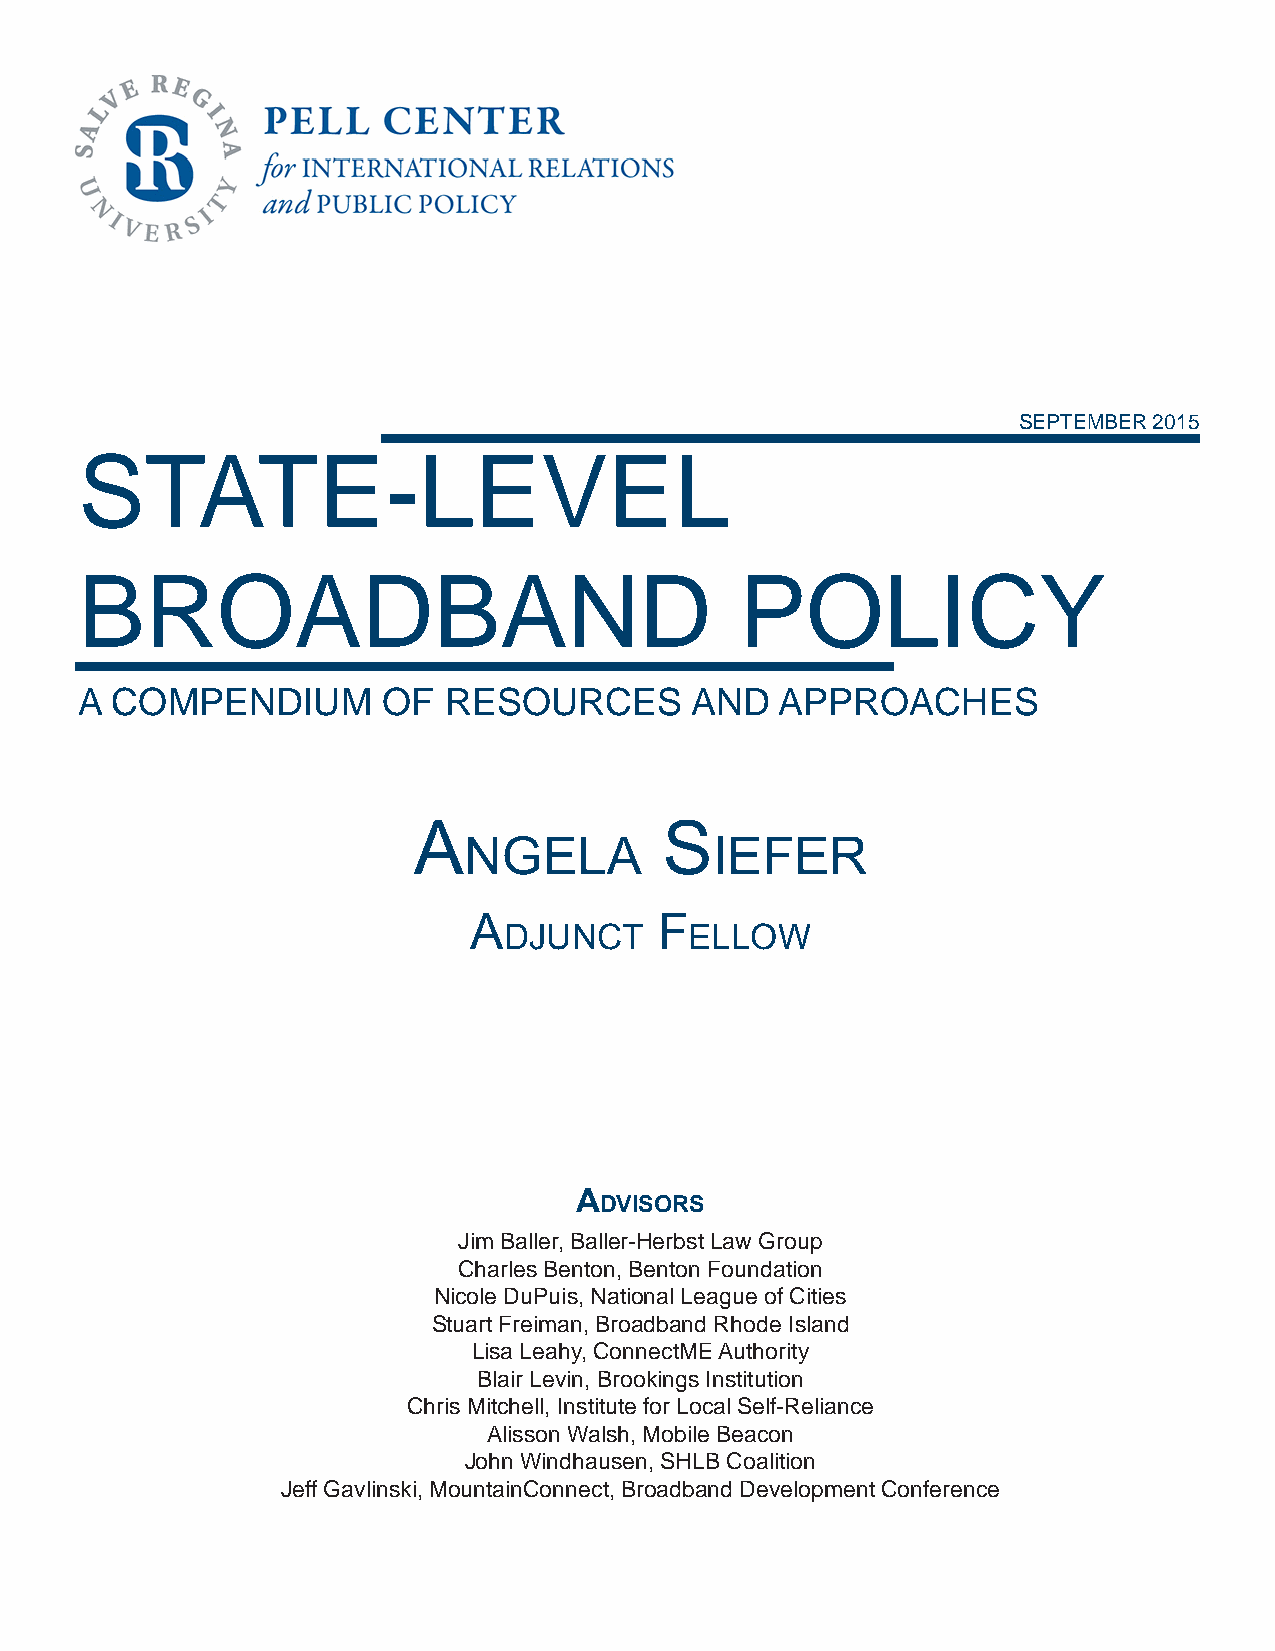
SEPTEMBER 2015
 STATE-LEVEL
 BROADBAND                                   POLICY
 A COMPENDIUM        OF  RESOURCES        AND   APPROACHES
 A                S
 ngelA           iefer
 A            f
 djunct       ellow
 Advisors
 Jim Baller, Baller-Herbst Law Group
 Charles Benton, Benton Foundation
 Nicole DuPuis, National League of Cities
 Stuart Freiman, Broadband Rhode Island
 Lisa Leahy, ConnectME Authority
 Blair Levin, Brookings Institution
 Chris Mitchell, Institute for Local Self-Reliance
 Alisson Walsh, Mobile Beacon
 John Windhausen, SHLB Coalition
 Jeff Gavlinski, MountainConnect, Broadband Development Conference